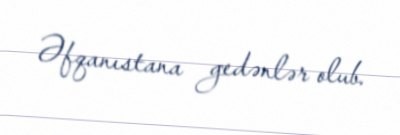
Əfqanıstana gedənlər olub.